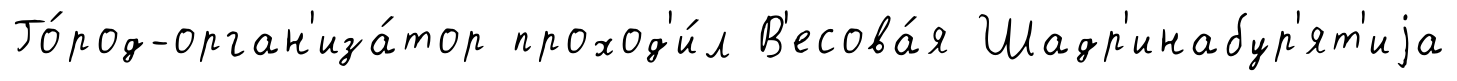
Го́род-орган'иза́тор проход'и́л В'есова́я Шадр'инабур'ят'иjа